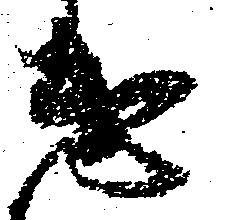
遣